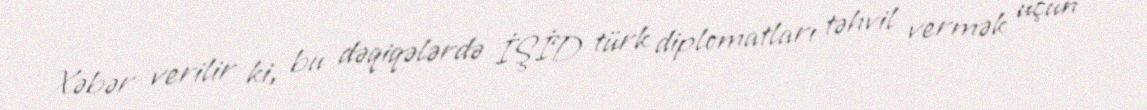
Xəbər verilir ki, bu dəqiqələrdə İŞİD türk diplomatları təhvil vermək üçün